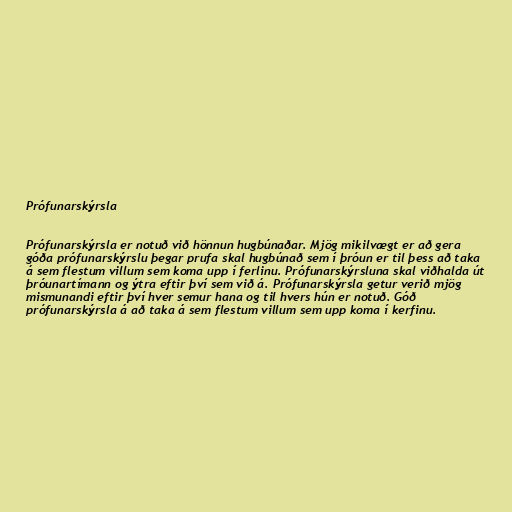
Prófunarskýrsla

Prófunarskýrsla er notuð við hönnun hugbúnaðar. Mjög mikilvægt er að gera
góða prófunarskýrslu þegar prufa skal hugbúnað sem í þróun er til þess að taka
á sem flestum villum sem koma upp í ferlinu. Prófunarskýrsluna skal viðhalda út
þróunartímann og ýtra eftir því sem við á. Prófunarskýrsla getur verið mjög
mismunandi eftir því hver semur hana og til hvers hún er notuð. Góð
prófunarskýrsla á að taka á sem flestum villum sem upp koma í kerfinu.